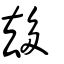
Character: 𠫾